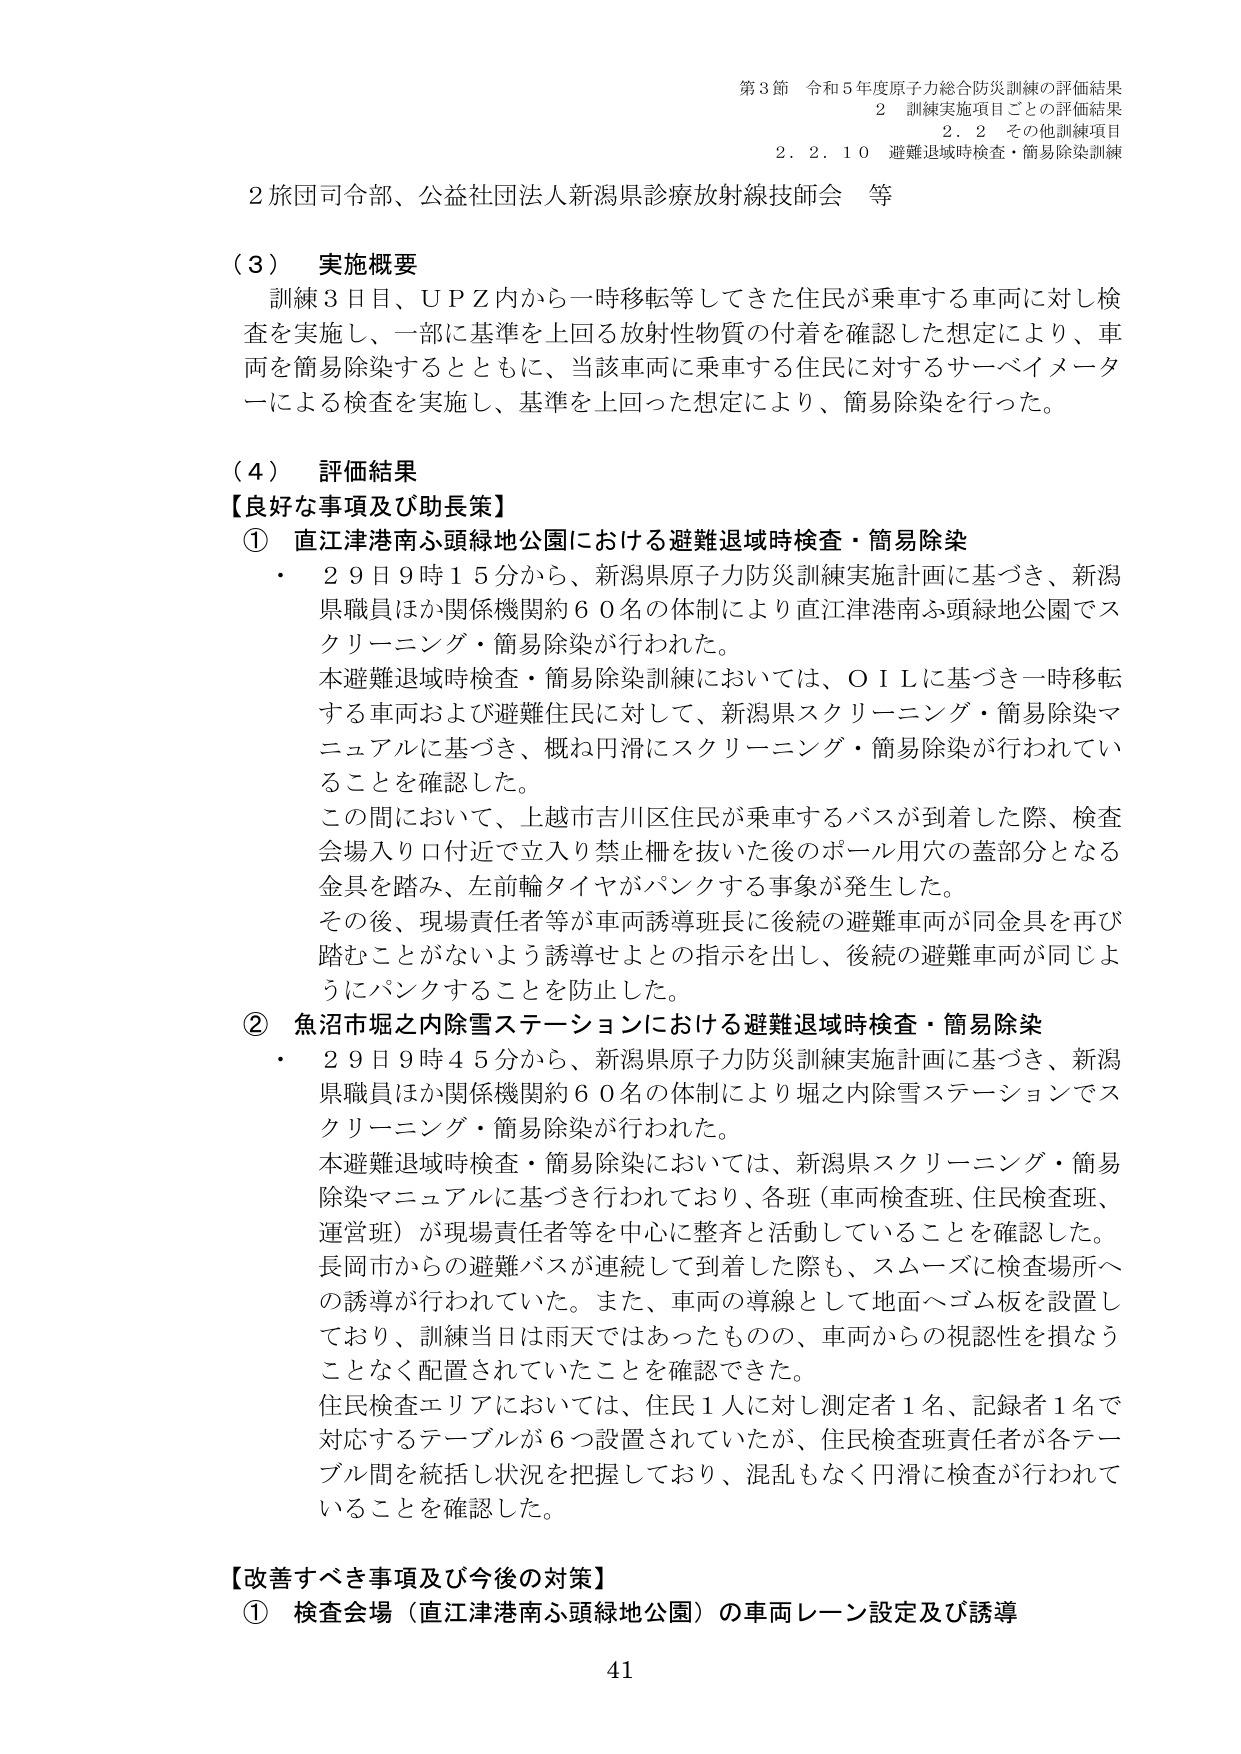
第3節 令和5年度原子力総合防災訓練の評価結果
2 訓練実施項目ごとの評価結果
2.2 その他訓練項目
2.2.10 避難退域時検査・簡易除染訓練

2旅団司令部、公益社団法人新潟県診療放射線技師会 等

（3） 実施概要
訓練3日目、ＵＰＺ内から一時移転等してきた住民が乗車する車両に対し検査を実施し、一部に基準を上回る放射性物質の付着を確認した想定により、車両を簡易除染するとともに、当該車両に乗車する住民に対するサーベイメータによる検査を実施し、基準を上回った想定により、簡易除染を行った。

（4） 評価結果
【良好な事項及び助長策】
① 直江津港南ふ頭緑地公園における避難退域時検査・簡易除染
・ 29日9時15分から、新潟県原子力防災訓練実施計画に基づき、新潟県職員ほか関係機関約60名の体制により直江津港南ふ頭緑地公園でスクリーニング・簡易除染が行われた。
本避難退域時検査・簡易除染訓練においては、ＯＩＬに基づき一時移転する車両および避難住民に対して、新潟県スクリーニング・簡易除染マニュアルに基づき、概ね円滑にスクリーニング・簡易除染が行われていることを確認した。
この間において、上越市吉川区住民が乗車するバスが到着した際、検査会場入り口付近で立入り禁止柵を抜いた後のポール用穴の蓋部分となる金具を踏み、左前輪タイヤがパンクする事象が発生した。
その後、現場責任者等が車両誘導班長に後続の避難車両が同金具を再び踏むことがないよう誘導せよとの指示を出し、後続の避難車両が同じようにパンクすることを防止した。

② 魚沼市堀之内除雪ステーションにおける避難退域時検査・簡易除染
・ 29日9時45分から、新潟県原子力防災訓練実施計画に基づき、新潟県職員ほか関係機関約60名の体制により堀之内除雪ステーションでスクリーニング・簡易除染が行われた。
本避難退域時検査・簡易除染においては、新潟県スクリーニング・簡易除染マニュアルに基づき行われており、各班（車両検査班、住民検査班、運営班）が現場責任者等を中心に整斉と活動していることを確認した。
長岡市からの避難バスが連続して到着した際も、スムーズに検査場所への誘導が行われていた。また、車両の導線として地面へゴム板を設置しており、訓練当日は雨天ではあったものの、車両からの視認性を損なうことなく配置されていたことを確認できた。
住民検査エリアにおいては、住民1人に対し測定者1名、記録者1名で対応するテーブルが6つ設置されていたが、住民検査班責任者が各テーブル間を統括し状況を把握しており、混乱もなく円滑に検査が行われていることを確認した。

【改善すべき事項及び今後の対策】
① 検査会場（直江津港南ふ頭緑地公園）の車両レーン設定及び誘導

41